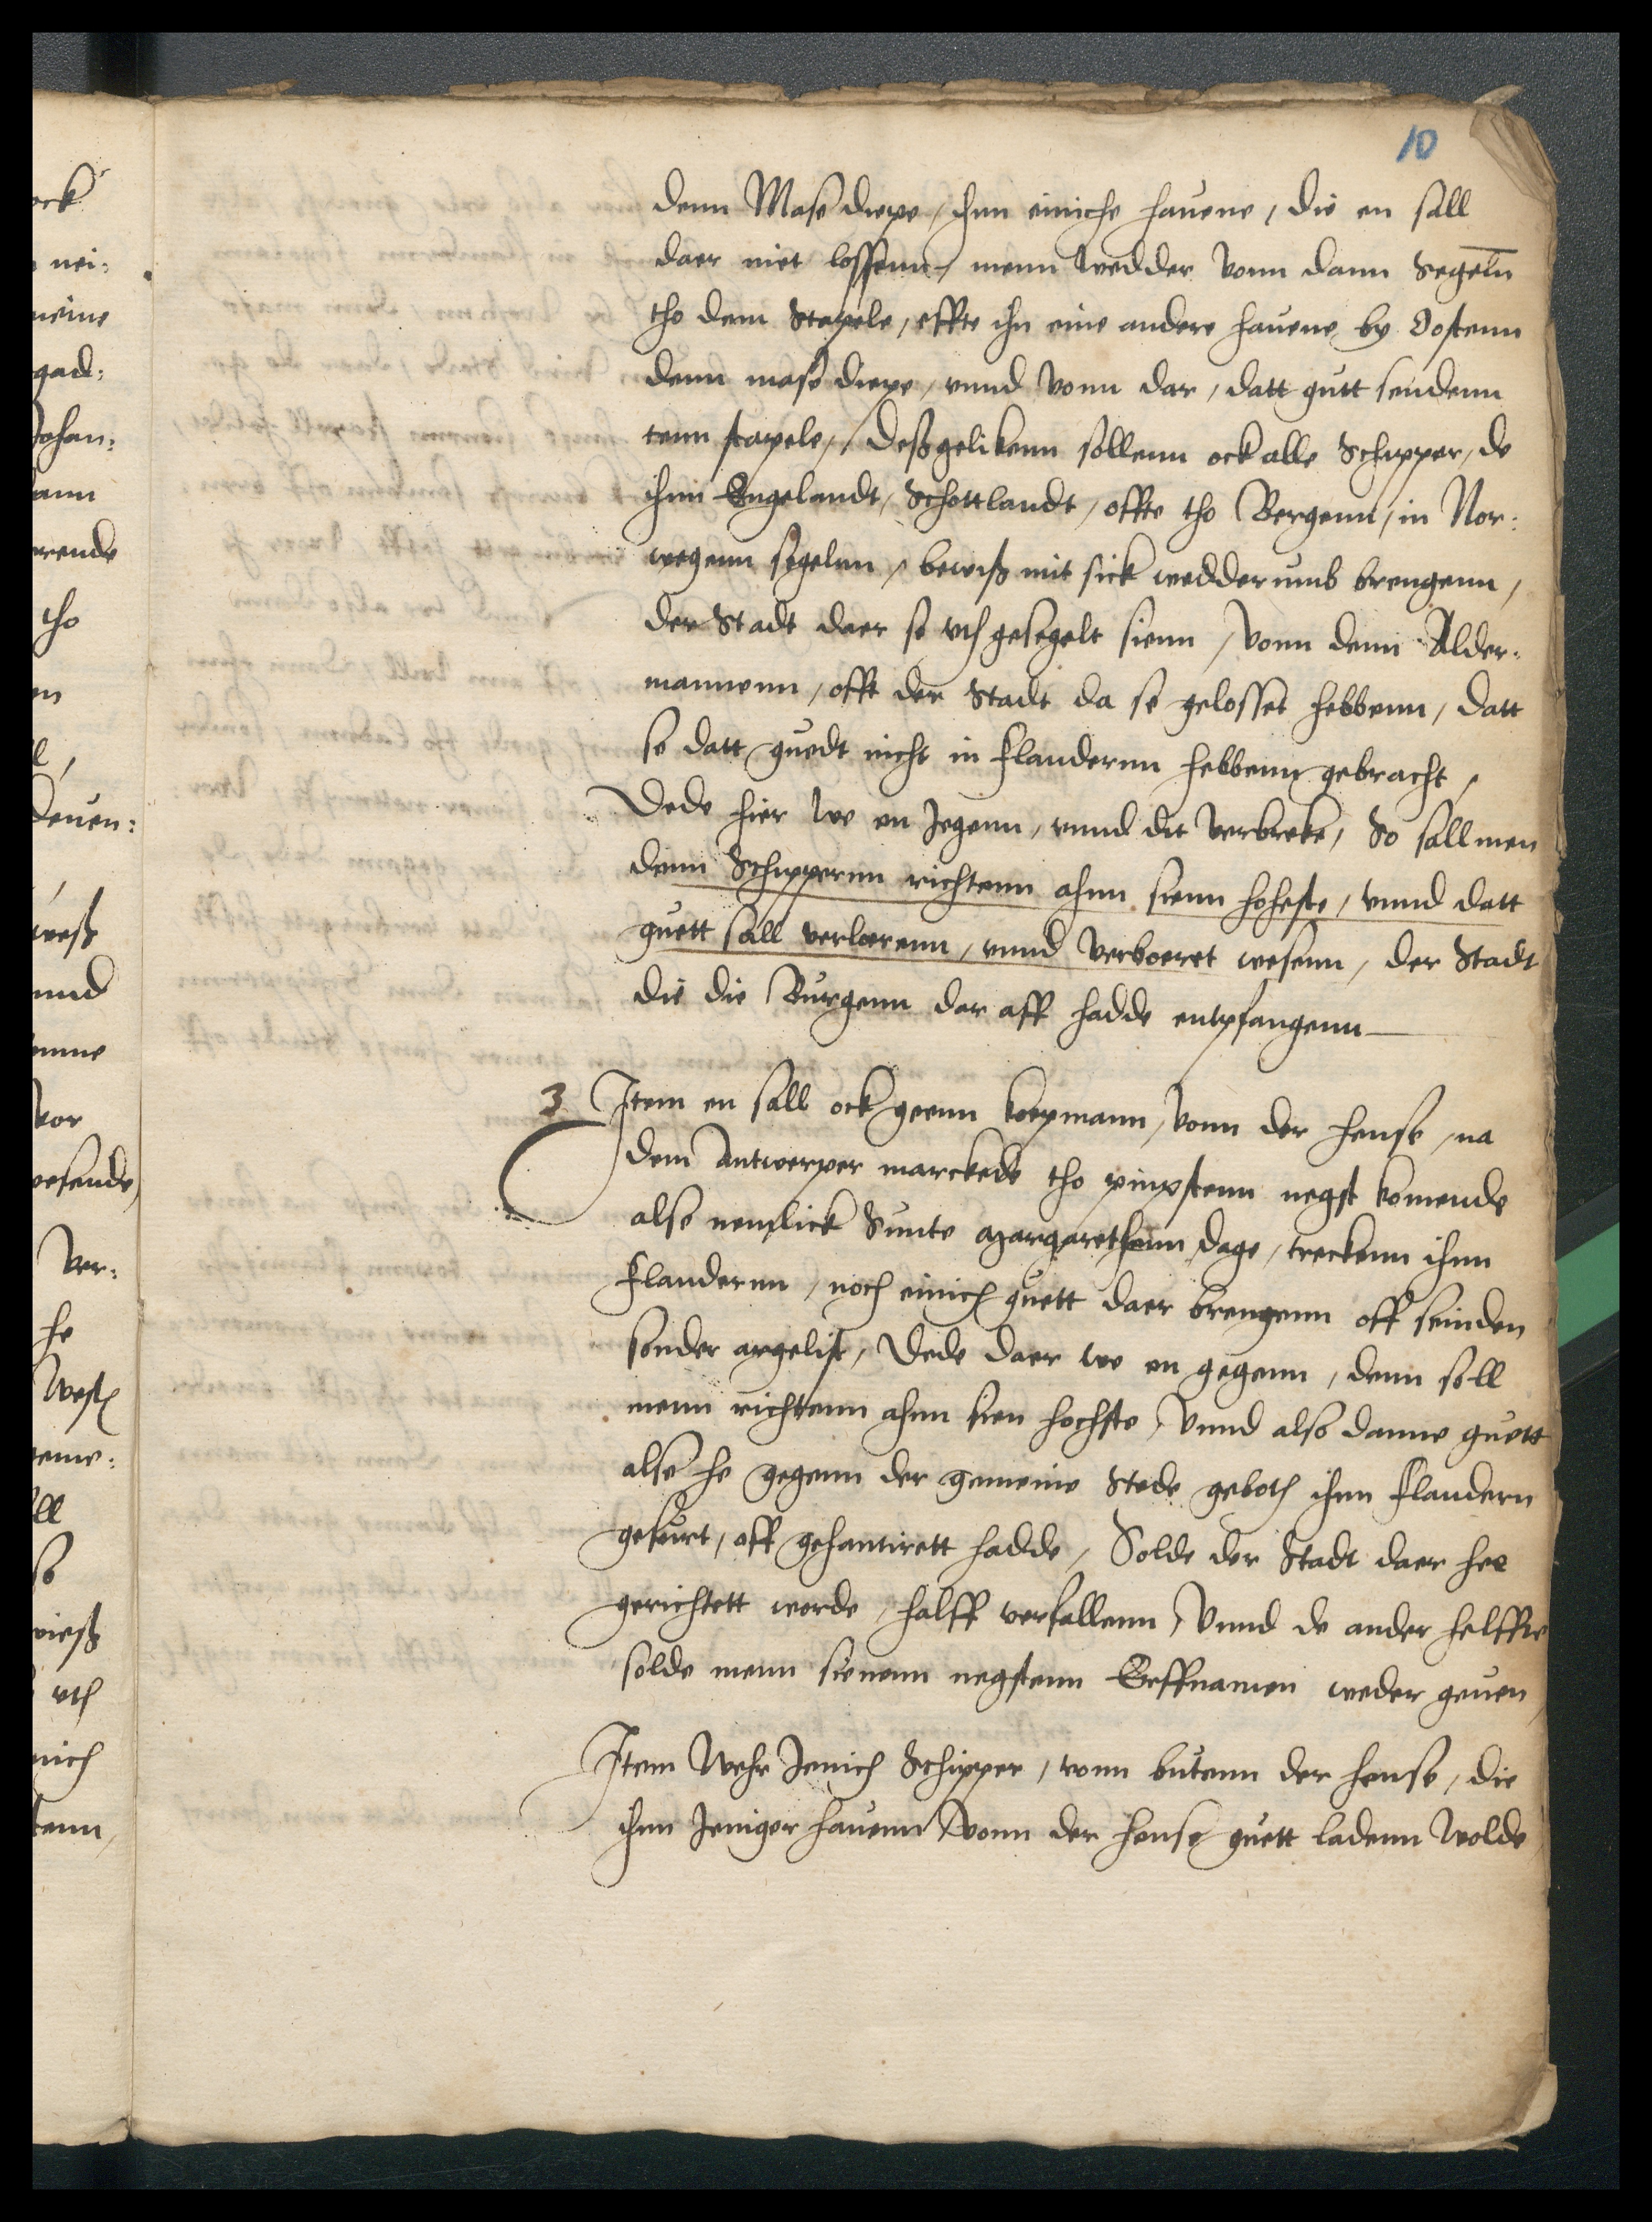
denn Mase diepe, ihnn einiche hauene, die en sall
daer niet lossenn menn wedder vonn dann Segelen
tho dem Stapele, effte ihn eine andere hauene by Oostenn
denn mase diepe, vnnd vonn dar, datt gutt sendenn
tenn stapele, deß gelikenn sollenn ock alle Schipper, de
ihnn Engelandt, Schottlandt, offte tho Bergenn in Nor¬
wegenn segelnn, bewiß mit sick wedderumb brengenn,
der Stadt daer se vth gesegelt sienn, vonn denn Alder¬
mannenn, offt der Stadt da se gelosset hebbenn, datt
so datt guedt nicht in Flandernn hebbenn gebracht,
Dede hier we en Jegenn, vnnd dit verbreke, So sall men
denn Schippernn richtenn ahnn sienn hoheste, vnnd datt
guett sall verlarenn, vnnd verboeret wesenn, der Stad
die die Burgenn dar aff hadde entpfangenn

3 Jtem en sall ock geenn koepmann, vonn der hense, na
dem Antwerper marckede tho pinxstenn negst komende
also nemlick Sunte Margarethenn dage, treckenn ihnn
Flandernn, noch einich guett daer brengenn off seinden
sonder argeliste, Dede daer wo en gegenn, denn soll
men richtenn ahnn sien hochste, vnnd also danne guett
alse he gegenn der gemeine Stede geboten ihnn Flandern
gefuret, off gehantirett hadde, Solde der Stadt daer hee
gerichtett worde, halff verfallenn, Vnnd de ander helffte
solde menn sienenn negstenn Erffnamen weder geuen,
Jtem wehr Jenich Schipper, vonn butenn der hense, die
ihnn Jeniger hauenn vonn der hense guett ladenn wolde,